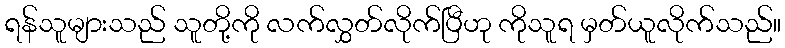
ရန်သူများသည် သူတို့ကို လက်လွှတ်လိုက်ပြီဟု ကိုသူရ မှတ်ယူလိုက်သည်။